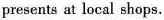
presents at local shops.